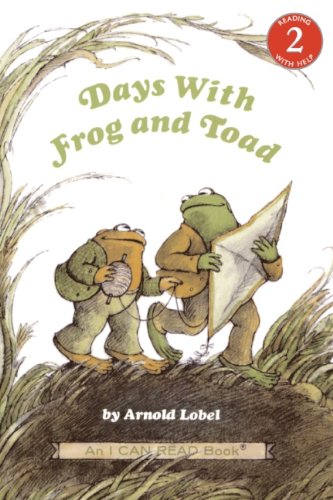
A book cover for Days with Frog and Toad (I Can Read, Level 2); Arnold Lobel; Children's Books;